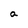
Character: a